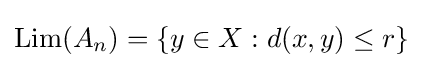
\mathop {\mathrm {Lim} } (A_{n})=\{y\in X:d(x,y)\leq r\}